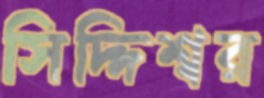
সিদ্দিশ্বর